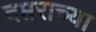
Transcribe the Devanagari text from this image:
दप्तराच्या